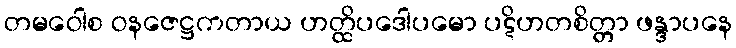
တမဝေါစ ဝနဇေဋ္ဌကတာယ ဟတ္ထိပဒေါပမော ပဋိဟတစိတ္တာ ဖန္ဒာပနေ